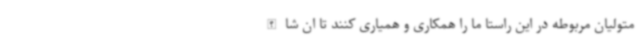
متولیان مربوطه در این راستا ما را همکاری و همیاری کنند تا ان شا الله